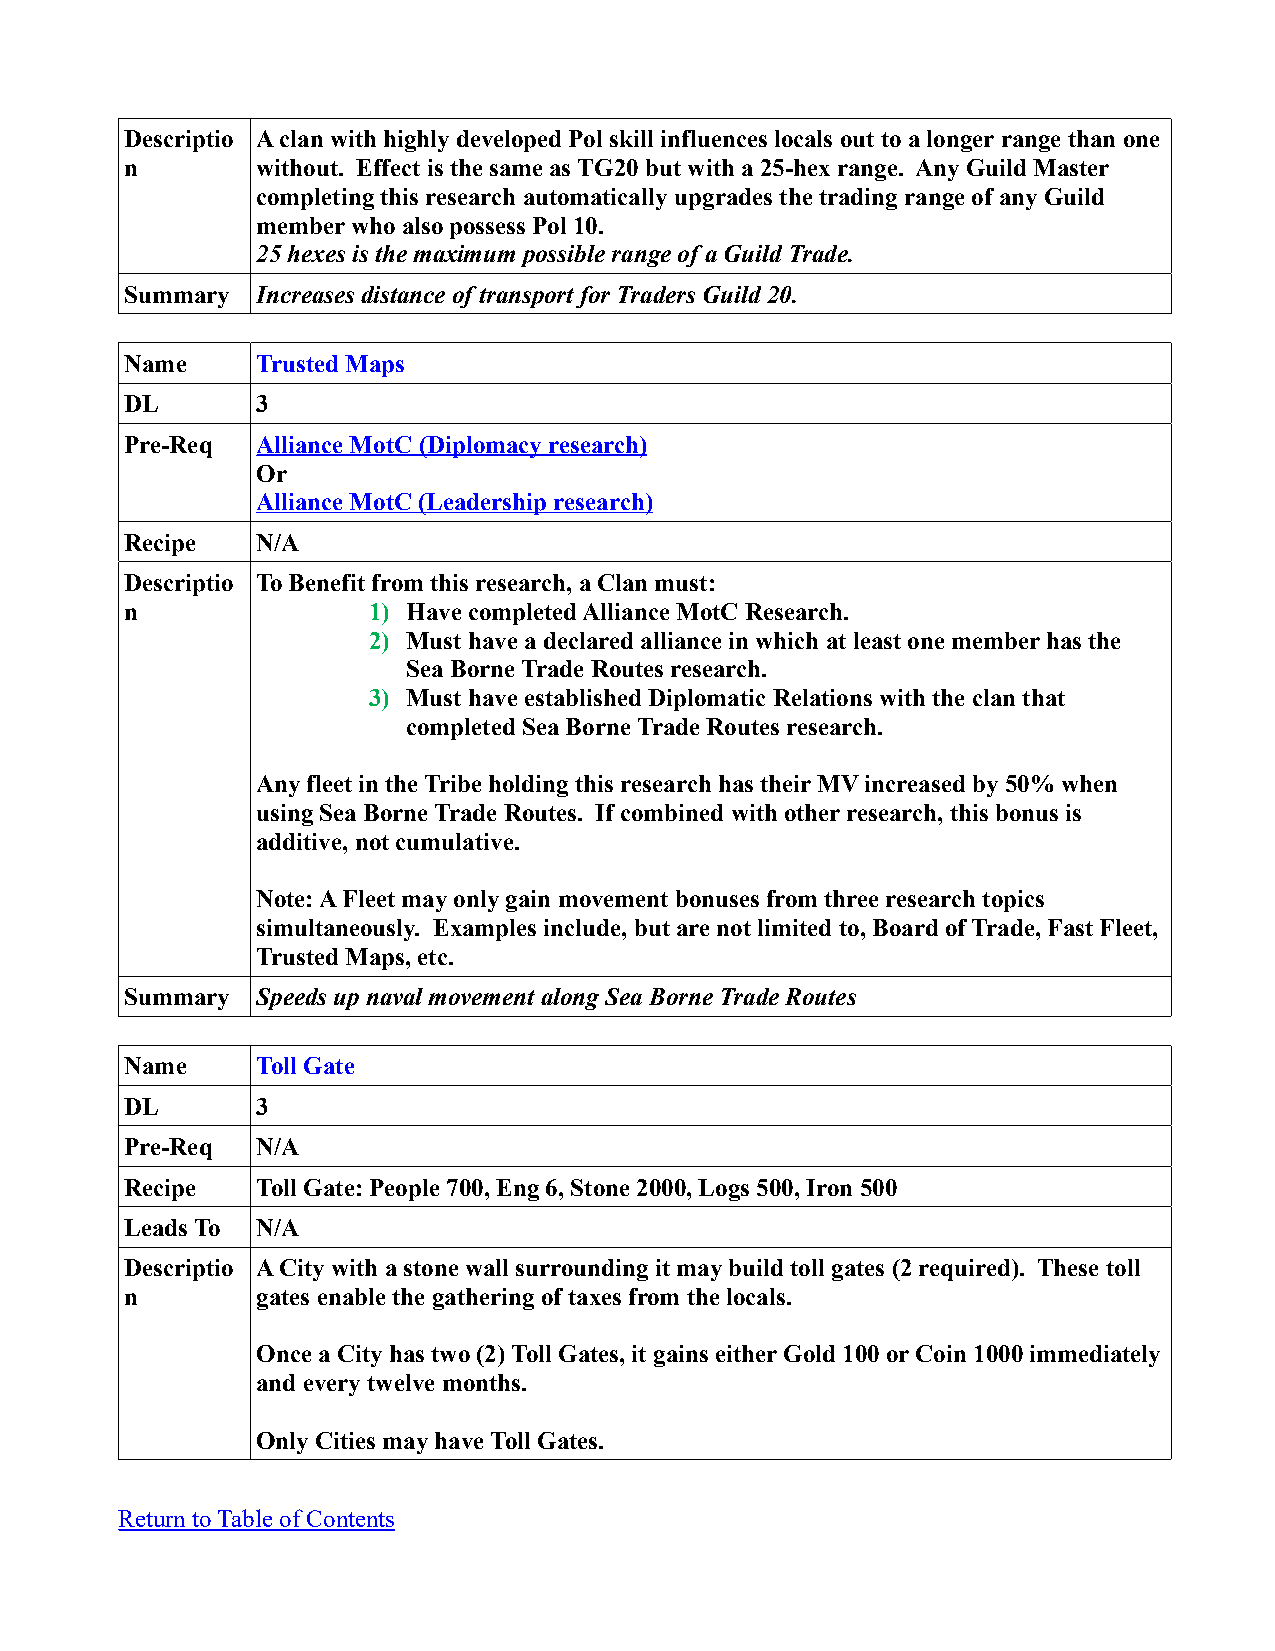
Descriptio A clan with highly developed Pol skill influences locals out to a longer range than one
 n        without. Effect is the same as TG20 but with a 25-hex range. Any Guild Master
 completing this research automatically upgrades the trading range of any Guild
 member who also possess Pol 10.
 25 hexes is the maximum possible range of a Guild Trade.
 Summary  Increases distance of transport for Traders Guild 20.
 Name     Trusted Maps
 DL       3
 Pre-Req  Alliance MotC (Diplomacy research)
 Or
 Alliance MotC (Leadership research)
 Recipe   N/A
 Descriptio To Benefit from this research, a Clan must:
 n               1) Have completed Alliance MotC Research.
 2) Must have a declared alliance in which at least one member has the
 Sea Borne Trade Routes research.
 3) Must have established Diplomatic Relations with the clan that
 completed Sea Borne Trade Routes research.
 Any fleet in the Tribe holding this research has their MV increased by 50% when
 using Sea Borne Trade Routes. If combined with other research, this bonus is
 additive, not cumulative.
 Note: A Fleet may only gain movement bonuses from three research topics
 simultaneously. Examples include, but are not limited to, Board of Trade, Fast Fleet,
 Trusted Maps, etc.
 Summary  Speeds up naval movement along Sea Borne Trade Routes
 Name     Toll Gate
 DL       3
 Pre-Req  N/A
 Recipe   Toll Gate: People 700, Eng 6, Stone 2000, Logs 500, Iron 500
 Leads To N/A
 Descriptio A City with a stone wall surrounding it may build toll gates (2 required). These toll
 n        gates enable the gathering of taxes from the locals.
 Once a City has two (2) Toll Gates, it gains either Gold 100 or Coin 1000 immediately
 and every twelve months.
 Only Cities may have Toll Gates.
 Return to Table of Contents